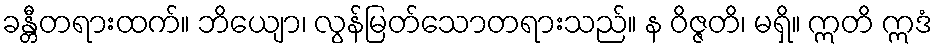
ခန္တီတရားထက်။ ဘိယျော၊ လွန်မြတ်သောတရားသည်။ န ဝိဇ္ဇတိ၊ မရှိ။ ဣတိ ဣဒံ